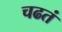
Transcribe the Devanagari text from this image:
चढतं